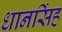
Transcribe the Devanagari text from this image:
धानसिंह